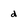
Character: d